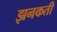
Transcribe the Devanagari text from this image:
झनकती